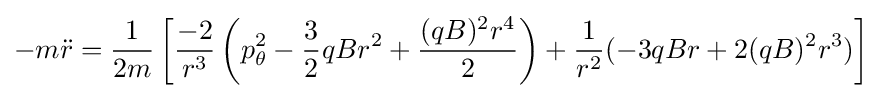
-m{\ddot {r}}={\frac {1}{2m}}\left[{\frac {-2}{r^{3}}}\left(p_{\theta }^{2}-{\frac {3}{2}}qBr^{2}+{\frac {(qB)^{2}r^{4}}{2}}\right)+{\frac {1}{r^{2}}}(-3qBr+2(qB)^{2}r^{3})\right]